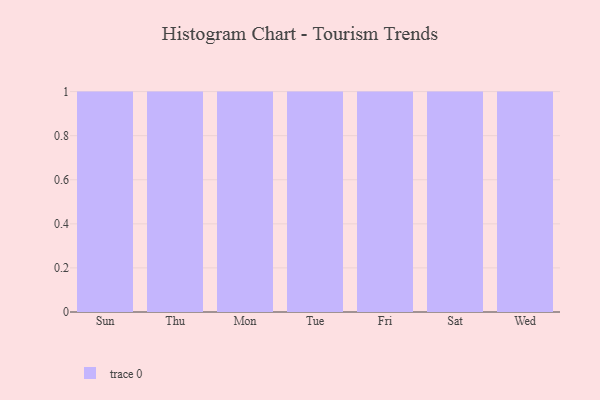
{"axis": {"x": "Day", "y": "Budget (USD K)"}, "legend": [""], "data": [{"x": "Sun", "y": 8, "type": ""}, {"x": "Thu", "y": 27, "type": ""}, {"x": "Mon", "y": 88, "type": ""}, {"x": "Tue", "y": 22, "type": ""}, {"x": "Fri", "y": 69, "type": ""}, {"x": "Sat", "y": 95, "type": ""}, {"x": "Wed", "y": 57, "type": ""}]}